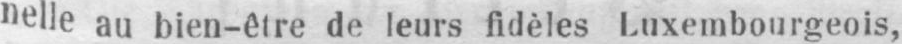
nelleau bien-être de leurs fidèles Luxembourgeois,